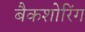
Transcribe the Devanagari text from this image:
बैकशोरिंग